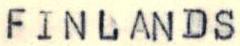
FINLANDS